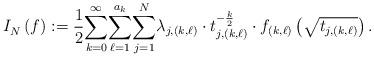
LaTeX: \begin{align*}I_{N}^{}\left( f\right) :=\frac{1}{2}{\displaystyle\sum_{k=0}^{\infty}}{\displaystyle\sum_{\ell=1}^{a_{k}}}{\displaystyle\sum_{j=1}^{N}}\lambda_{j,\left( k,\ell\right) }\cdot t_{j,\left( k,\ell\right) }^{-\frac{k}{2}}\cdot f_{\left( k,\ell\right) }\left( \sqrt{t_{j,\left(k,\ell\right) }}\right) . \end{align*}